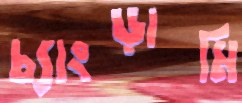
চ্যাংড়ামি